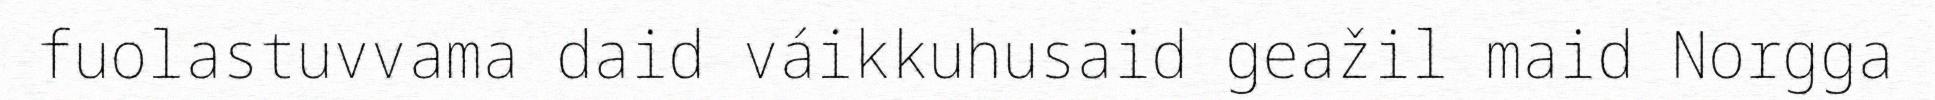
fuolastuvvama daid váikkuhusaid geažil maid Norgga